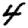
Digit: 4